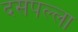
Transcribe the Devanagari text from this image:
दसपल्ला